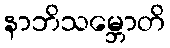
နာဘိသမ္ဘောတိ